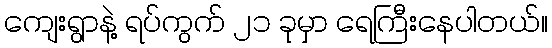
ကျေးရွာနဲ့ ရပ်ကွက် ၂၁ ခုမှာ ရေကြီးနေပါတယ်။